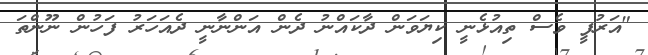
"އަރުފީ ވެސް ތިއުޅެނީ ކިޔަވަން ދާކައްނު ދެން އަންނާނީ ދެއަހަރު ފަހުން ނޫންތަ